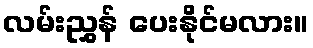
လမ်းညွှန် ပေးနိုင်မလား။